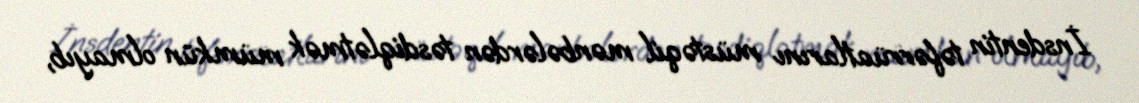
İnsdentin təfərrüatlarını müstəqil mənbələrdən təsdiqlətmək mümkün olmayıb,